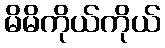
မိမိကိုယ်ကိုယ်